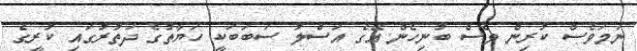
ނަމަވެސް ކުރިން ވެސް ބުނިހެން އޭގެ އަސްލު ސަބަބަކީ ހަޔާތުގެ ދަތުރުގައި ކުރީގެ